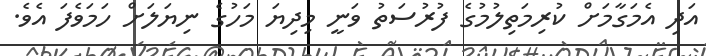
އަދި އެމަގާމަށް ކުރިމަތިލުމުގެ ފުރުސަތު ވަނީ މިދިޔަ މަހުގެ ނިޔަލަށް ހަމަވެފަ އެވެ.